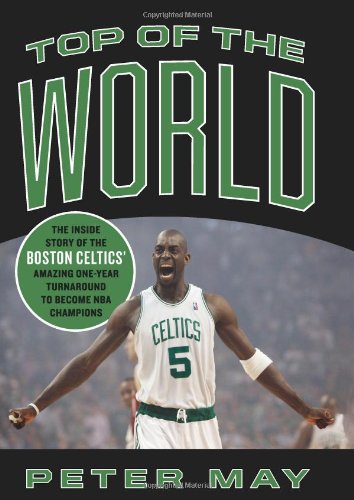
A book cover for Top of the World: The Inside Story of the Boston CelticsEE Amazing One-Year Turnaround to Become NBA Champions; Peter May; Sports & Outdoors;